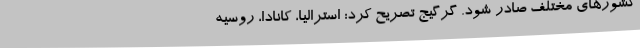
کشور‌های مختلف صادر شود. گرگیج تصریح کرد: استرالیا، کانادا، روسیه